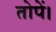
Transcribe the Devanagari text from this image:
तोपें।